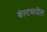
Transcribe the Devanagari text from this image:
बेस्टमधील